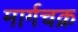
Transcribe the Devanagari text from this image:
मार्गचक्र